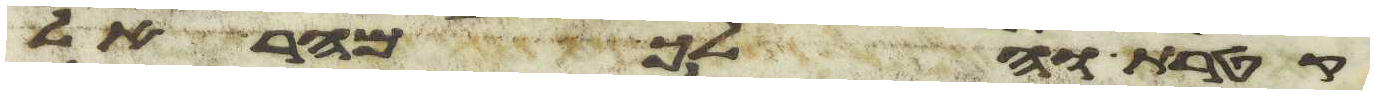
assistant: קטרת והלך מהר אל